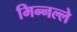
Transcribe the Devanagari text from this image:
मिन्नल्ले